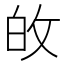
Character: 敀